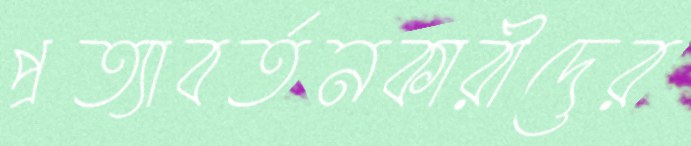
প্রত্যাবর্তনকারীদের